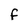
Character: F